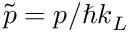
\tilde { p } = p / \hbar k _ { L }